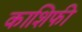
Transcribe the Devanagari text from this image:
काशिफी